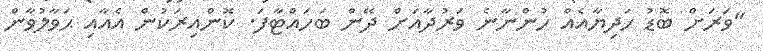
"ވަރަށް ބޮޑު ހަދިޔާއެއް ހުންނާނެ ވަރުދާއަށް ދޭން ބަހައްޓާފަ. ކޮންއިރަކުން އެއާއި ޙަވާލުވާން